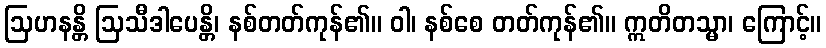
ဩဟနန္တိ ဩသီဒါပေန္တိ၊ နစ်တတ်ကုန်၏။ ဝါ၊ နစ်စေ တတ်ကုန်၏။ ဣတိတသ္မာ၊ ကြောင့်။